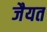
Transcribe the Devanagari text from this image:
जैयत